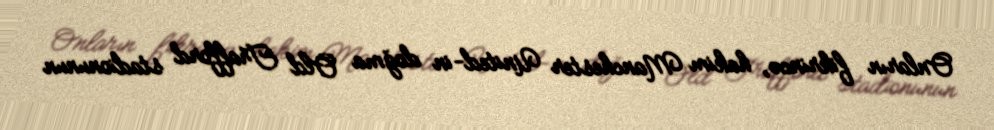
Onların fikrincə, hakim Manchester United-in doğma Old Trafford stadionunun